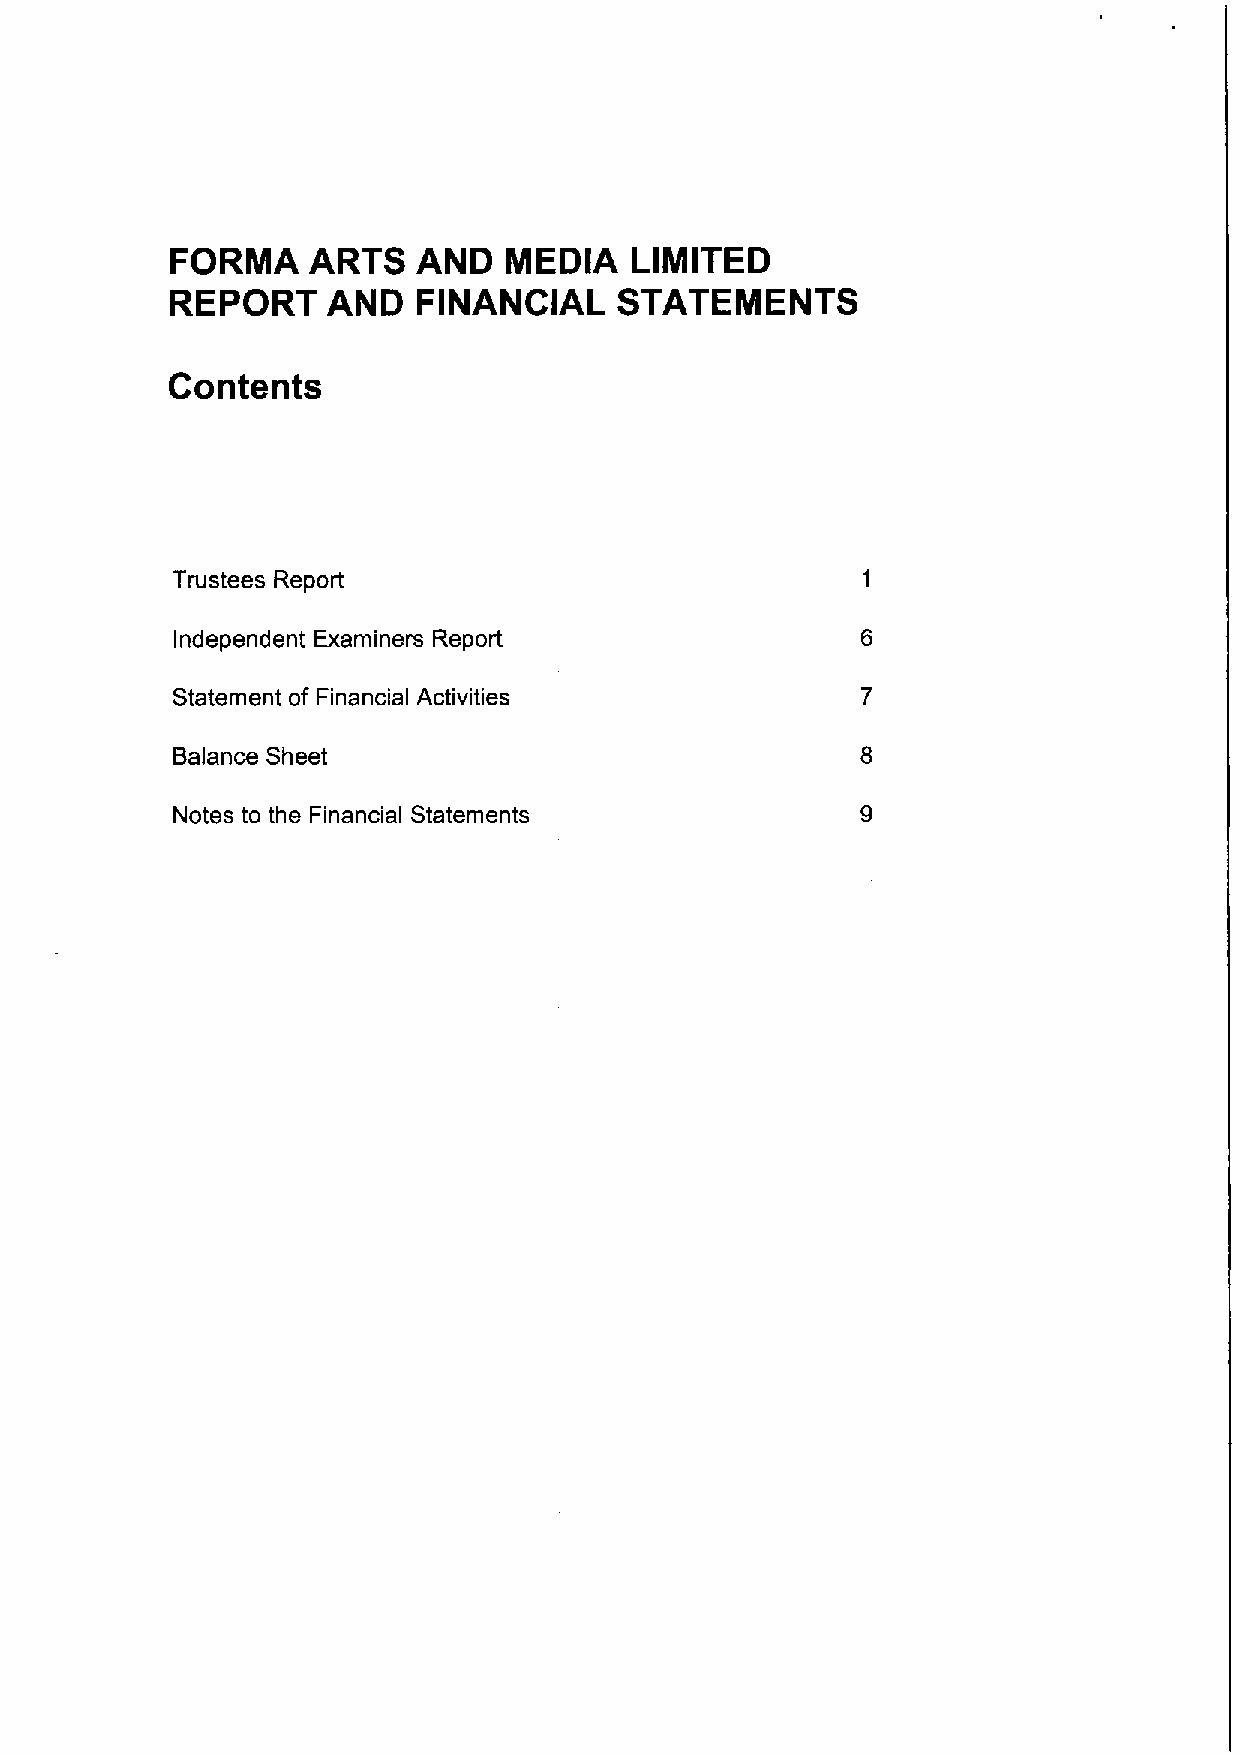
FORMA    ARTS    AND   MEDIA   LIMITED
 REPORT     AND   FINANCIAL    STATEMENTS
 Contents
 Trustees Report
 Independent Examiners Report
 Statement of Financial Activities
 Balance Sheet
 Notes to the Financial Statements